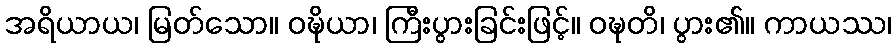
အရိယာယ၊ မြတ်သော။ ဝဍ္ဎိယာ၊ ကြီးပွားခြင်းဖြင့်။ ဝဍ္ဎတိ၊ ပွား၏။ ကာယဿ၊